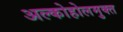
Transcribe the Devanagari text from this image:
अल्कोहोलमुक्त